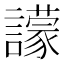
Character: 𧭊